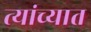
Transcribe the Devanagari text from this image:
त्‍यांच्‍यात